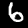
Label: 6